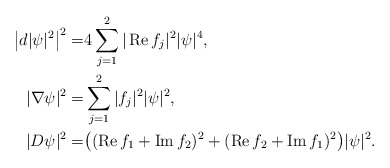
\begin{align*}\big|d|\psi|^2\big|^2=&4\sum_{j=1}^2|\operatorname{Re}f_j|^2|\psi|^4, \\|\nabla\psi|^2=&\sum_{j=1}^2|f_j|^2|\psi|^2, \\|D\psi|^2=&\big((\operatorname{Re}f_1+\operatorname{Im}f_2)^2+(\operatorname{Re}f_2+\operatorname{Im}f_1)^2\big)|\psi|^2.\end{align*}